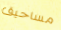
مساحيق